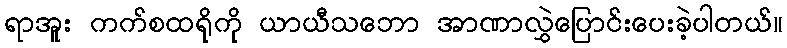
ရာအူး ကက်စထရိုကို ယာယီသဘော အာဏာလွှဲပြောင်းပေးခဲ့ပါတယ်။